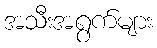
အသီးအရွက်များ